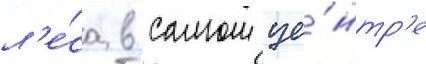
л'е́са в самом це́нтр'е